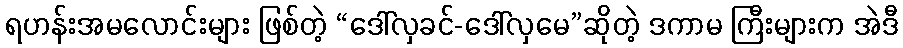
ရဟန်းအမလောင်းများ ဖြစ်တဲ့ “ဒေါ်လှခင်-ဒေါ်လှမေ”ဆိုတဲ့ ဒကာမ ကြီးများက အဲဒီ